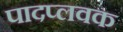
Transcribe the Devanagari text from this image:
पादप्लवक